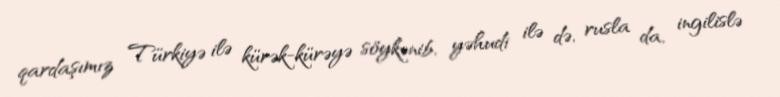
qardaşımız Türkiyə ilə kürək-kürəyə söykənib, yəhudi ilə də, rusla da, ingilislə